Civil Veterinary Dept. Bombay admin report 1900-1906 - 1900-1906
Year: 1900
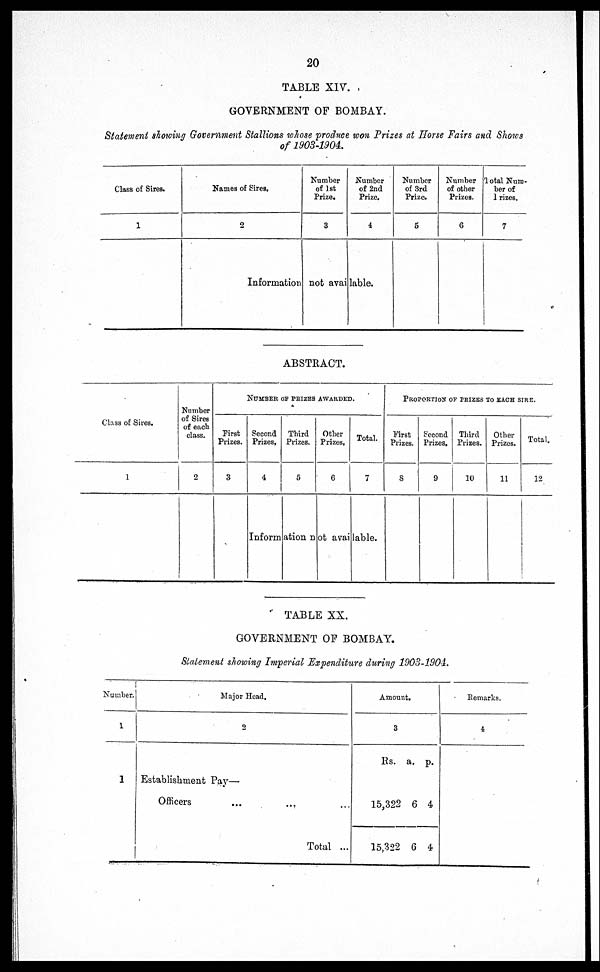
20
TABLE XIV.
GOVERNMENT OF BOMBAY.
Statement slowing Government Stallions whose produce won Prizes at Horse Fairs and Shows
of 1903-1904.
Class of Sires.
1
Names of Sires.
2
Number
of 1st
Prize.
3
Number
of 2nd
Prize.
4
Information not available.
Number
of 3rd
Prize.
5
Number
of other
Prizes.
6
Total Num-
ber of
Prizes.
7
ABSTRACT.
Class of Sires.
1
Number
of Sires
of each
class.
2
NUMBER OF PRIZES AWARDED.
First
Prizes.
3
Second
Prizes.
4
Third
Prizes.
5
Other
Prizes,
6
Total.
7
Information not available.
PROPORTION OF PRIZES TO EACH SIRE.
First
Prizes.
8
Second
Prizes.
9
Third
Prizes.
10
Other
Prizes.
11
Total.
12
TABLE XX.
GOVERNMENT OP BOMBAY.
Statement showing Imperial Expenditure during 1903-1904.
Number.
1
1
Major Head,
2
Establishment Pay—
Officers ... ... ...
Total ...
Amount.
3
Rs.
15,322
15,322
a.
6
6
p.
4
4
Remarks.
4